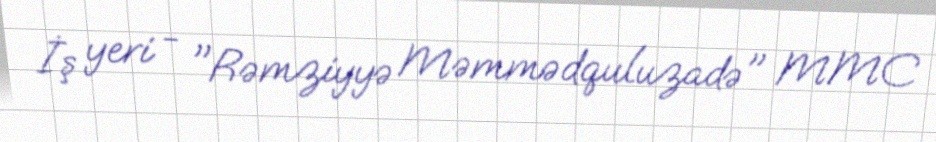
İş yeri - "Rəmziyyə Məmmədquluzadə" MMC